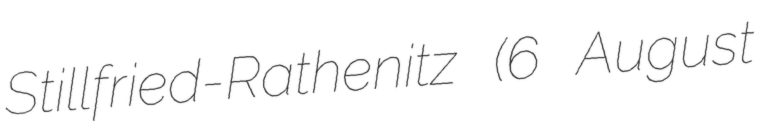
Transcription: Stillfried-Rathenitz (6 August